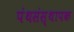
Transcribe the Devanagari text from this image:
पंथसंस्थापक